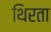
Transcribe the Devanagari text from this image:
थिरता